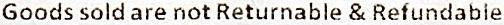
GOODS SOLD ARE NOT RETURNABLE & REFUNDABLE